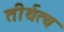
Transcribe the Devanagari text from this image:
तीर्थत्व